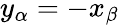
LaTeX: y_{\alpha}=-x_{\beta}